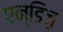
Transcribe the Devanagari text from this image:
एन्डिज़